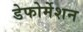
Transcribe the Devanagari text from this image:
डेफोर्मेशन